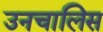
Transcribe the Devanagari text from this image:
उनचालिस